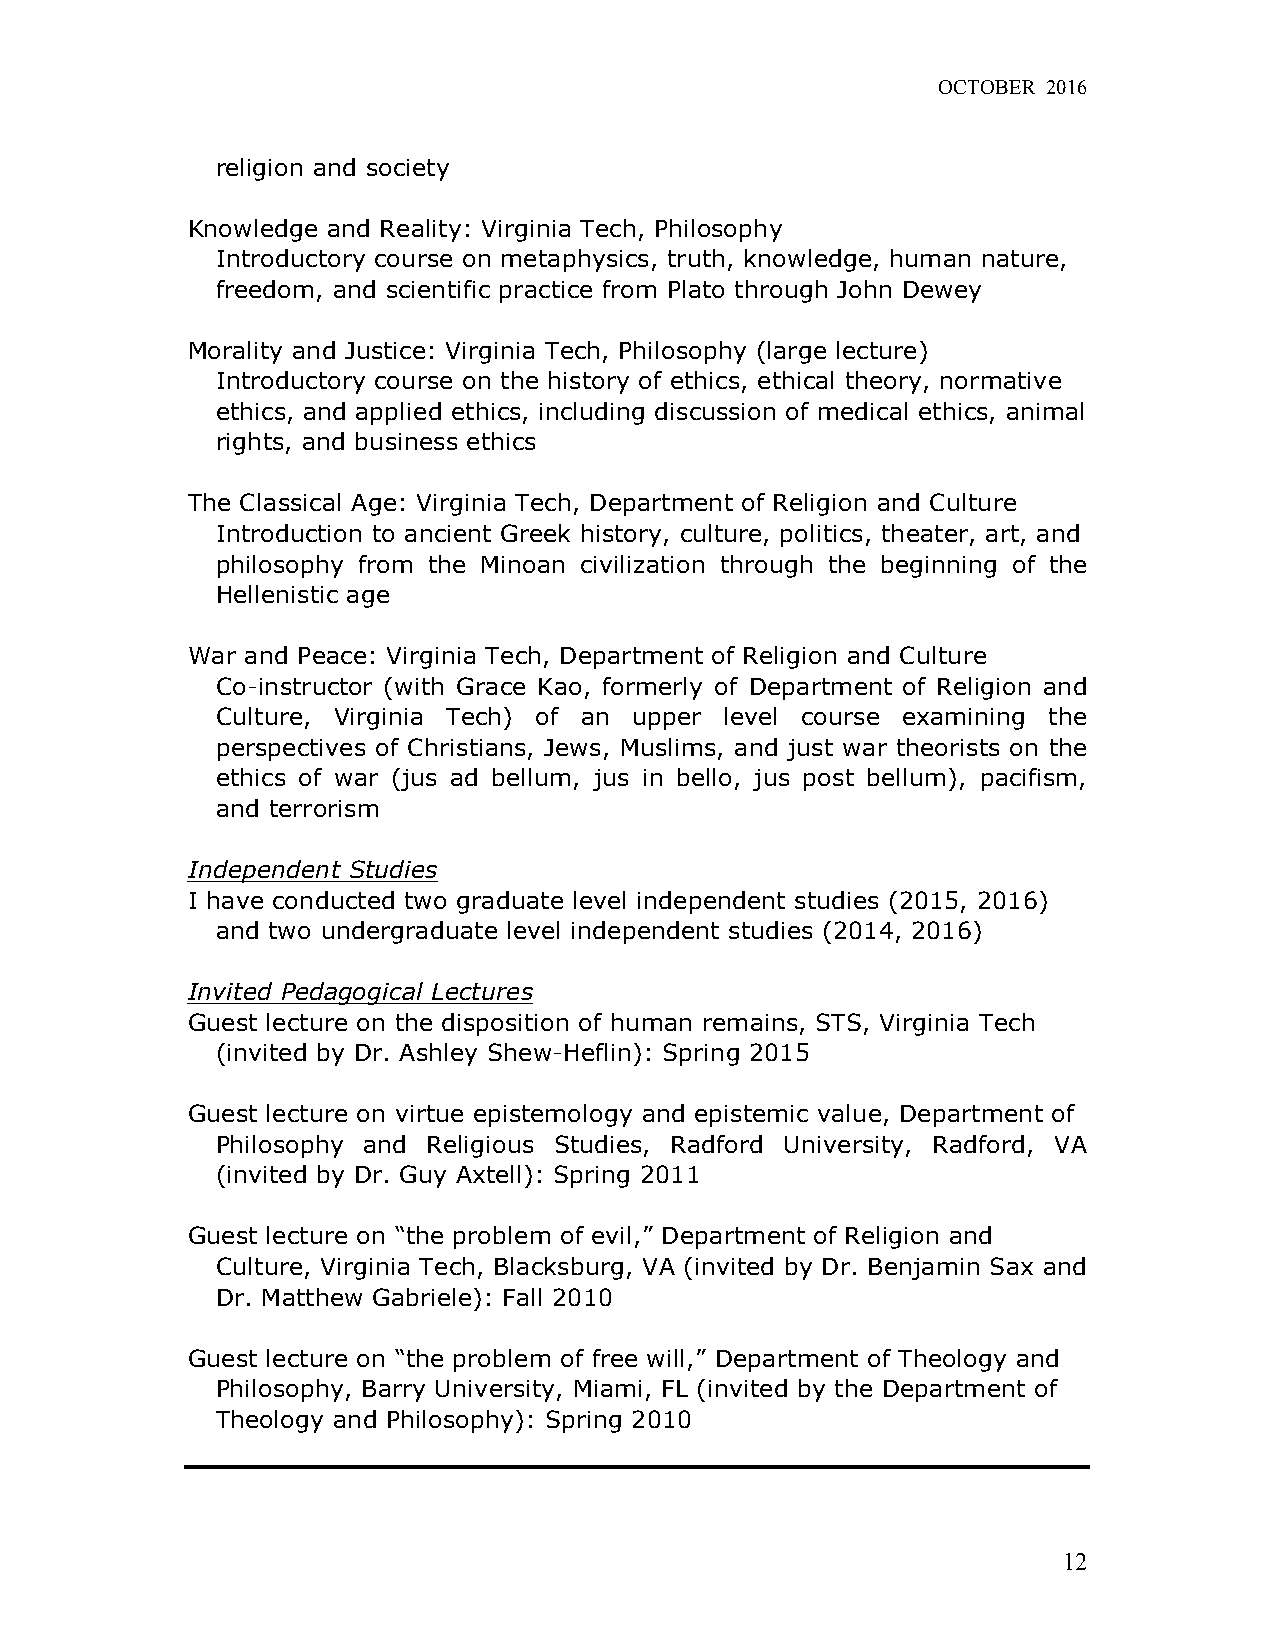
OCTOBER 2016
 religion and society
 Knowledge and Reality: Virginia Tech, Philosophy
 Introductory course on metaphysics, truth, knowledge, human nature,
 freedom, and scientific practice from Plato through John Dewey
 Morality and Justice: Virginia Tech, Philosophy (large lecture)
 Introductory course on the history of ethics, ethical theory, normative
 ethics, and applied ethics, including discussion of medical ethics, animal
 rights, and business ethics
 The Classical Age: Virginia Tech, Department of Religion and Culture
 Introduction to ancient Greek history, culture, politics, theater, art, and
 philosophy from the Minoan civilization through the beginning of the
 Hellenistic age
 War and Peace: Virginia Tech, Department of Religion and Culture
 Co-instructor (with Grace Kao, formerly of Department of Religion and
 Culture, Virginia Tech) of an upper level course examining the
 perspectives of Christians, Jews, Muslims, and just war theorists on the
 ethics of war (jus ad bellum, jus in bello, jus post bellum), pacifism,
 and terrorism
 Independent Studies
 I have conducted two graduate level independent studies (2015, 2016)
 and two undergraduate level independent studies (2014, 2016)
 Invited Pedagogical Lectures
 Guest lecture on the disposition of human remains, STS, Virginia Tech
 (invited by Dr. Ashley Shew-Heflin): Spring 2015
 Guest lecture on virtue epistemology and epistemic value, Department of
 Philosophy and Religious Studies, Radford University, Radford, VA
 (invited by Dr. Guy Axtell): Spring 2011
 Guest lecture on “the problem of evil,” Department of Religion and
 Culture, Virginia Tech, Blacksburg, VA (invited by Dr. Benjamin Sax and
 Dr. Matthew Gabriele): Fall 2010
 Guest lecture on “the problem of free will,” Department of Theology and
 Philosophy, Barry University, Miami, FL (invited by the Department of
 Theology and Philosophy): Spring 2010
 12